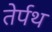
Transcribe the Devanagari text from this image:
तेर्पथ